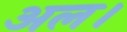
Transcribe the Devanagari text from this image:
अल।